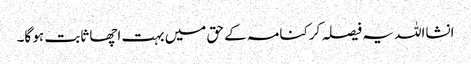
انشااللہ یہ فیصلہ کرکنامہ کے حق میں بہت اچھا ثابت ہو گا۔